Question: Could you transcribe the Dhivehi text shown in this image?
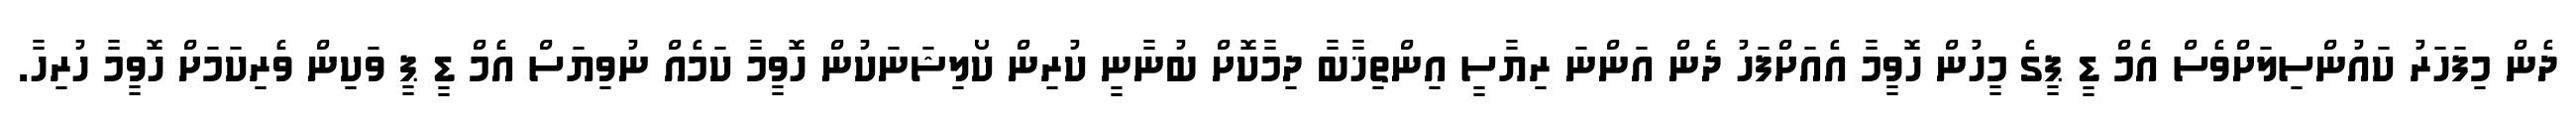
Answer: ދެން މިފަހަރު ކައުންސިލަށްވެސް އެމް ޑީ ޕީގެ މީހުން ހޮވީމާ އެއަށްފަހު ދެން އަންނަ ރިޔާސީ އިންތިޚާބާ ދިމާކޮށް ބުނާނީ ކުރިން ކޯލިޝަނަކުން ހޮވީމާ ކަމެއް ނުވިޔަސް އެމް ޑީ ޕީ ވަކިން ވެރިކަމަށް ހޮވީމާ ހުރިހާ.